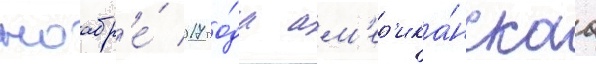
ноабр'е́ 2017 го́да ам'ер'ика́нскаа